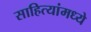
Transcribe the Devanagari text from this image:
साहित्यांमध्ये